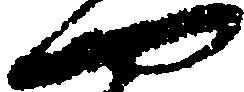
や